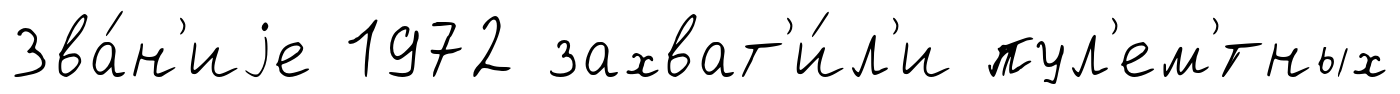
Зва́н'иjе 1972 захват'и́л'и пул'ем'́тных